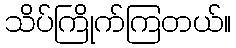
သိပ်ကြိုက်ကြတယ်။